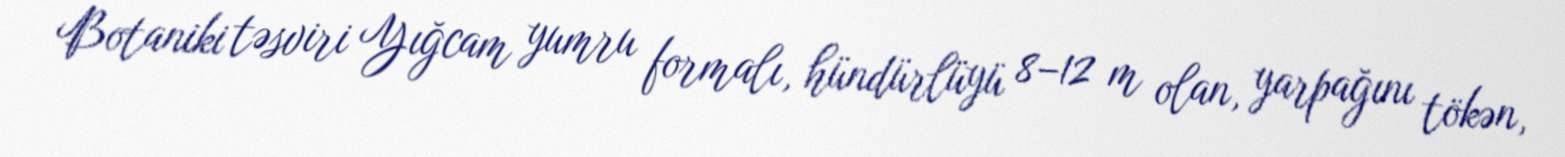
Botaniki təsviri Yığcam yumru formalı, hündürlüyü 8–12 m olan, yarpağını tökən,